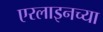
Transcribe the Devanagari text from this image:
एरलाइनच्या